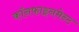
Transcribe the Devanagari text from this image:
कॉनफाइनमेन्ट